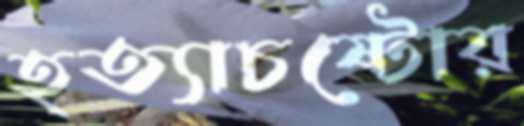
হত্যাচষ্টোর